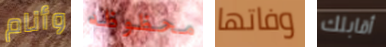
وأنام محظوظه وفاتها أقابلك